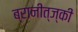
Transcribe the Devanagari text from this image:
ब्रानीत्ज्की